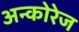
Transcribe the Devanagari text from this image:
अन्कोरेज